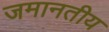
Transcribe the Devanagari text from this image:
जमानतीय